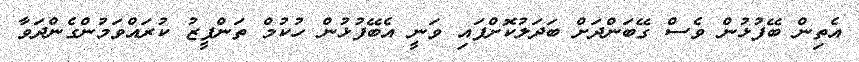
އެތިން ބޭފުޅުން ވެސް ގޭބަންދަށް ބަދަލުކޮށްފައި ވަނީ އެބޭފުޅުން ހުކުމް ތަންފީޒު ކުރައްވަމުންގެންދަވާ